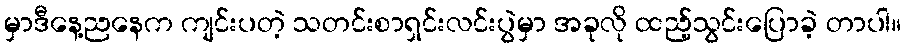
မှာဒီနေ့ညနေက ကျင်းပတဲ့ သတင်းစာရှင်းလင်းပွဲမှာ အခုလို ထည့်သွင်းပြောခဲ့ တာပါ။